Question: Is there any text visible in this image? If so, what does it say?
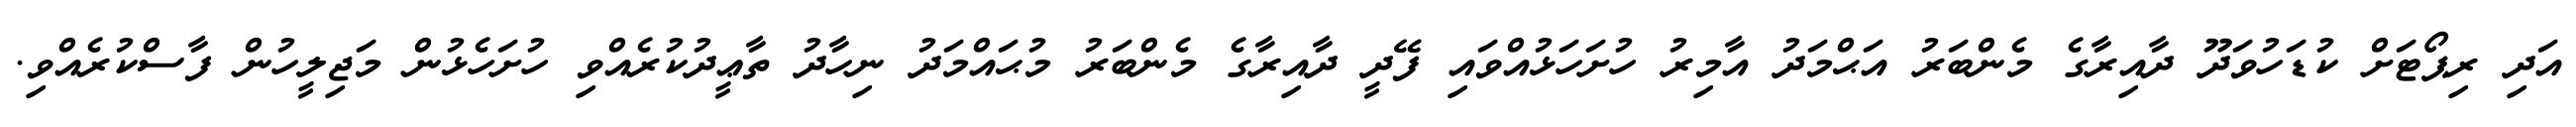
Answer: އަދި ރިޕޯޓަށް ކުޑަހުވަދޫ ދާއިރާގެ މެންބަރު އަޙްމަދު އާމިރު ހުށަހަޅުއްވައި ފޭދީ ދާއިރާގެ މެންބަރު މުޙައްމަދު ނިހާދު ތާޢީދުކުރެއްވި ހުށަހެޅުން މަޖިލީހުން ފާސްކުރެއްވި.